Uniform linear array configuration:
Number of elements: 4
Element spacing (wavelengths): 0.5
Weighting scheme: uniform
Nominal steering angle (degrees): -30
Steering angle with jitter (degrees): -31.845
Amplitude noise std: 0.05
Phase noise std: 0.05

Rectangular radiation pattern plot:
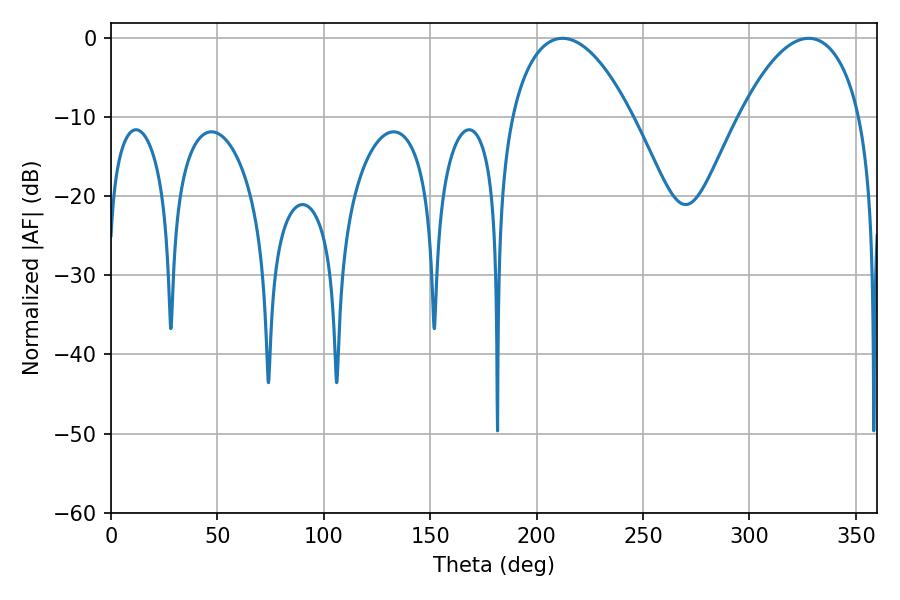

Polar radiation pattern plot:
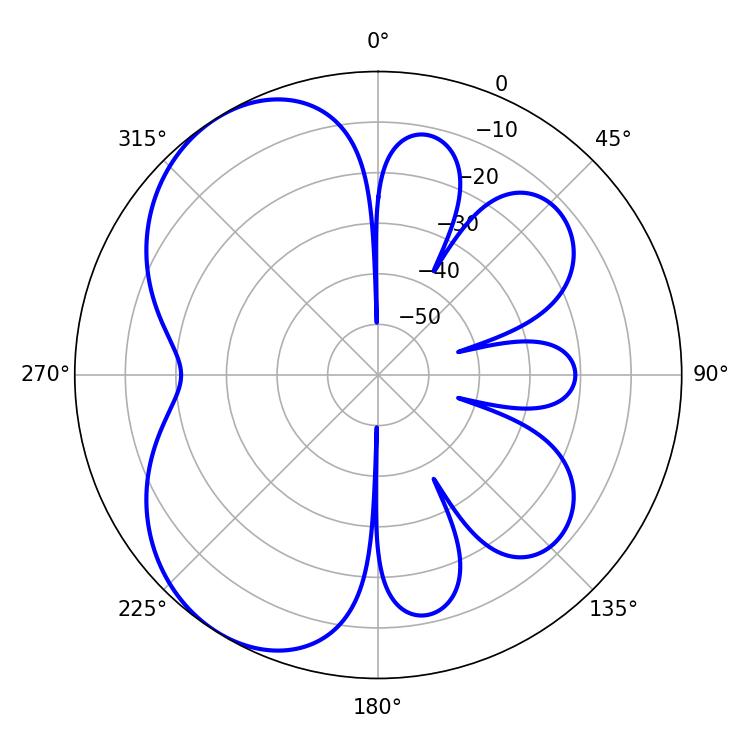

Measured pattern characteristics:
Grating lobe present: FALSE
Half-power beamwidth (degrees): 31.86
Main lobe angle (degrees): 212.22